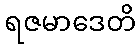
ရဇမာဒေတိ